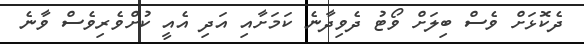
ދެކޮޅަށް ވެސް ބިލަށް ވޯޓު ދެވިދާނެ ކަމަށާއި އަދި އެއީ ކުށްވެރިވެސް ވާނެ